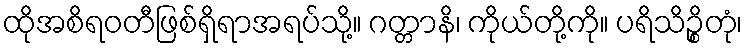
ထိုအစိရဝတီဖြစ်ရှိရာအရပ်သို့။ ဂတ္တာနိ၊ ကိုယ်တို့ကို။ ပရိသိဉ္စိတုံ၊